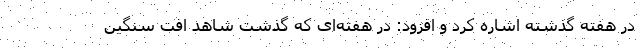
در هفته گذشته اشاره کرد و افزود: در هفته‌ای که گذشت شاهد افت سنگین